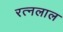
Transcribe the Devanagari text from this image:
रत्नलाल